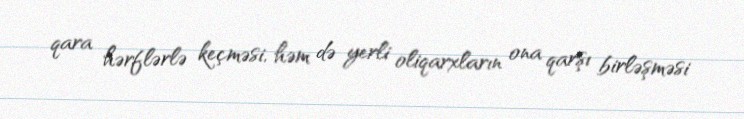
qara hərflərlə keçməsi, həm də yerli oliqarxların ona qarşı birləşməsi